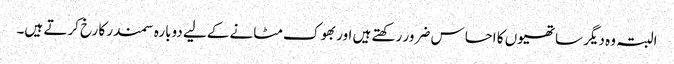
البتہ وہ دیگر ساتھیوں کا احساس ضرور رکھتے ہیں اور بھوک مٹانے کےلیے دوبارہ سمندر کا رخ کرتے ہیں۔